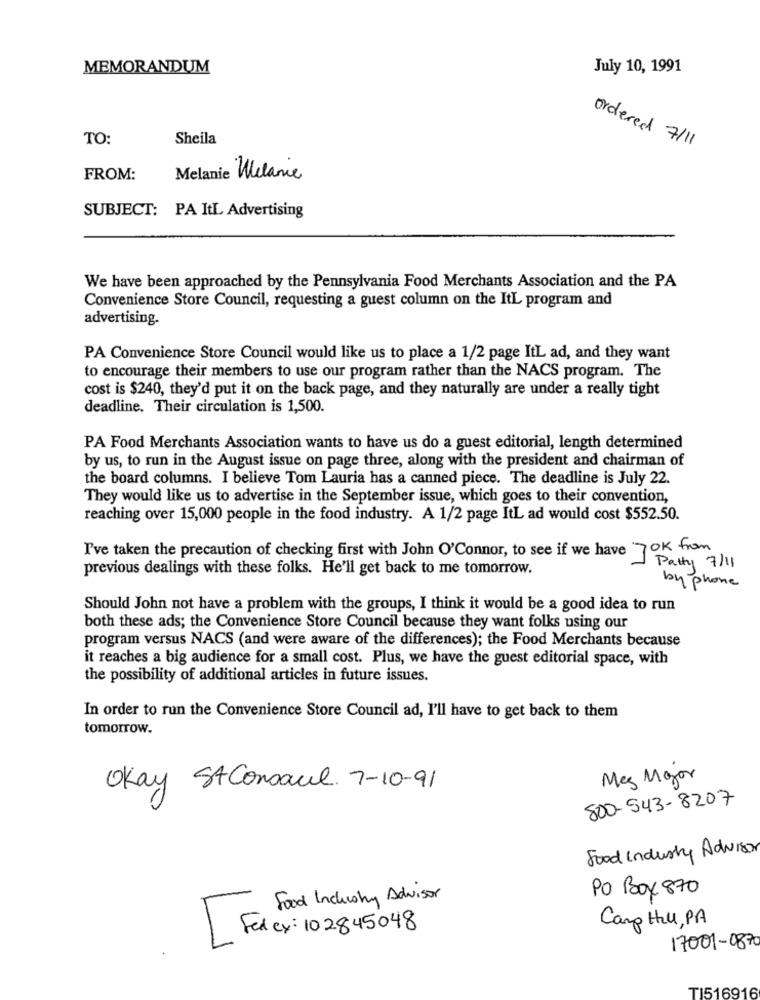
MEMORANDUM
July 10, 1991
TO:
Sheila
ordered 7/11
FROM:
Melanie Melanie
SUBJECT: PA ItL Advertising
We have been approached by the Pennsylvania Food Merchants Association and the PA
Convenience Store Council, requesting a guest column on the ItL program and
advertising.
PA Convenience Store Council would like us to place a 1/2 page ItL ad, and they want
to encourage their members to use our program rather than the NACS program. The
cost is $240, they'd put it on the back page, and they naturally are under a really tight
deadline. Their circulation is 1,500.
PA Food Merchants Association wants to have us do a guest editorial, length determined
by us, to run in the August issue on page three, along with the president and chairman of
the board columns. I believe Tom Lauria has a canned piece. The deadline is July 22.
They would like us to advertise in the September issue, which goes to their convention,
reaching over 15,000 people in the food industry. A 1/2 page ItL ad would cost $552.50.
I've taken the precaution of checking first with John O'Connor, to see if we have Tok from
Patty 7/11
previous dealings with these folks. He'll get back to me tomorrow.
by phone
Should John not have a problem with the groups, I think it would be a good idea to run
both these ads; the Convenience Store Council because they want folks using our
program versus NACS (and were aware of the differences); the Food Merchants because
it reaches a big audience for a small cost. Plus, we have the guest editorial space, with
the possibility of additional articles in future issues.
In order to run the Convenience Store Council ad, I'll have to get back to them
tomorrow.
Mes Major
Okay St Consaul 7-10-91
800-543-8207
Food Industry Advisor
PO Box 870
Food Industry Advisor
Camp Hil, PA
[ Fet Cy : 102845048
17001-0870
TI516916